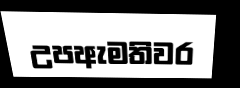
උපඇමතිවර